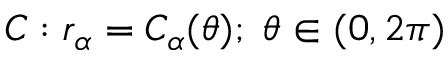
C : r _ { \alpha } = C _ { \alpha } ( \theta ) ; \; \theta \in ( 0 , 2 \pi )